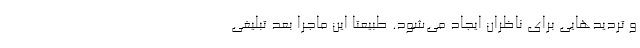
و تردیدهایی برای ناظران ایجاد می‌شود. طبیعتا این ماجرا بعد تبلیغی